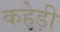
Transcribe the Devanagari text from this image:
कहेड़ी